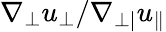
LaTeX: \nabla_{\perp}u_{\perp}/\nabla_{\perp|}u_{\| }